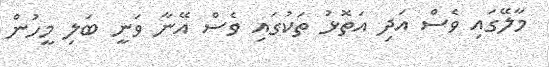
މާލޭގައި ވެސް އަދި އަތޮޅު ތަކުގައި ވެސް އޭނާ ވަނީ ބަލި މީހުން